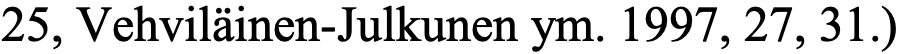
25, Vehviläinen-Julkunen ym. 1997, 27, 31.)